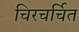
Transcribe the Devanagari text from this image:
चिरचर्चित